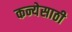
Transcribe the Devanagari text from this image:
कन्येसाठी